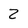
Character: Z